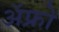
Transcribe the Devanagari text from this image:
ॲफ्रो